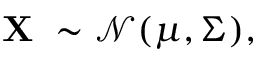
\mathbf { X } \ \sim { \mathcal { N } } ( { \boldsymbol { \mu } } , { \boldsymbol { \Sigma } } ) ,